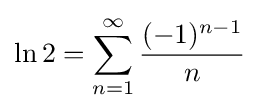
\ln 2=\sum _{n=1}^{\infty }{\frac {(-1)^{n-1}}{n}}